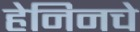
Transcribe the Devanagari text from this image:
हेनिनचे